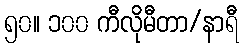
၅၀။ ၁၀၀ ကီလိုမီတာ/နာရီ